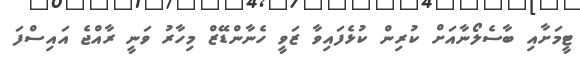
ޓީމަށާއި ބާސެލޯނާއަށް ކުރިން ކުޅެފައިވާ ޒަވީ ހެނާންޑޭޒް މިހާރު ވަނީ ރާއްޖެ އައިސްފަ